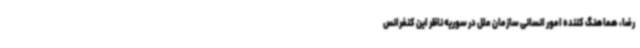
رضا، هماهنگ کننده امور انسانی سازمان ملل در سوریه ناظر این کنفرانس